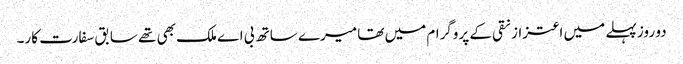
دو روز پہلے میں اعتزاز نقی کے پروگرام میں تھا میرے ساتھ بی اے ملک بھی تھے سابق سفارت کار۔